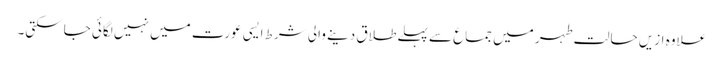
علاوہ ازیں حالت طہر میں جماع سے پہلےطلاق دینے والی شرط ایسی عورت میں نہیں لگائی جاسکتی۔